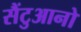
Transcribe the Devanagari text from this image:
सैंटुआनो